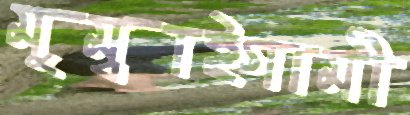
মুম্বাইগামী